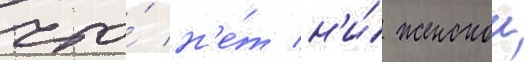
что́ н'е́т н'и́ женскои